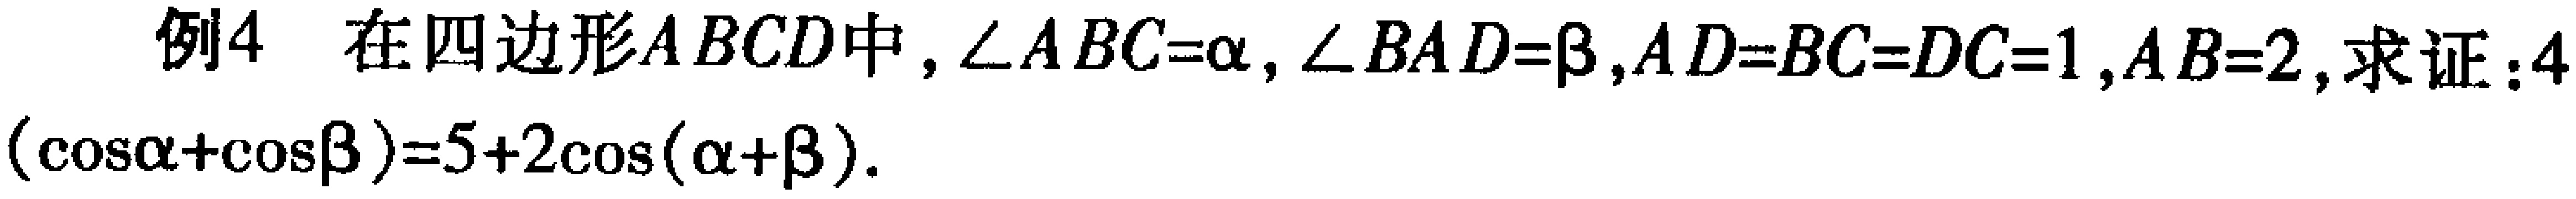
例4 在四边形\(ABCD\)中，\(\angle ABC = \alpha\)，\(\angle BAD=\beta\)，\(AD = BC = DC = 1\)，\(AB = 2\)，求证：\(4(\cos\alpha+\cos\beta)=5 + 2\cos(\alpha+\beta)\)。